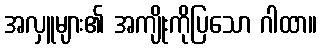
အလှူများ၏ အကျိုးကိုပြသော ဂါထာ။